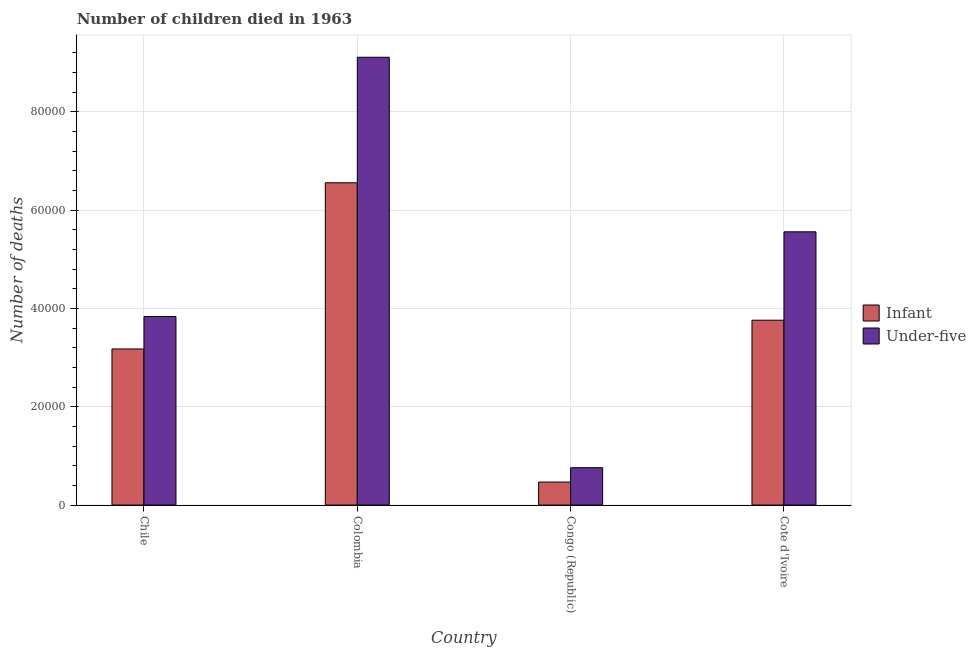
| Country | Infant | Under-five |
 | --- | --- | --- |
 | Chile | 3.18e+04 | 3.84e+04 |
 | Colombia | 6.56e+04 | 9.11e+04 |
 | Congo (Republic) | 4.68e+03 | 7.6e+03 |
 | Cote d'Ivoire | 3.76e+04 | 5.56e+04 |